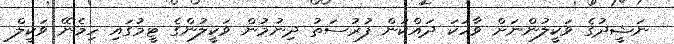
ނަޝީދުގެ ވަކީލުންނަށް ވާހަކަ ދައްކަން ފުރުސަތު ދިނުމުން ވަކީލުންގެ ޓީމުގައި ހިމެނޭ ވަކީލް